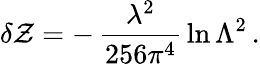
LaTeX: \delta\mathcal{Z}=-\, \frac{{\lambda^{2}}}{{256\pi^{4}}}\, \ln\Lambda^{2}\, .